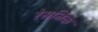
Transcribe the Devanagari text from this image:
रेसनिक